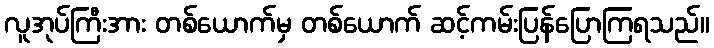
လူအုပ်ကြီးအား တစ်ယောက်မှ တစ်ယောက် ဆင့်ကမ်းပြန်ပြောကြရသည်။